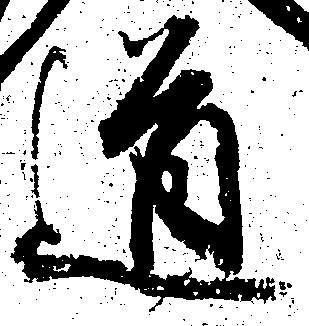
道